Civil Veterinary Dept. North-West Frontier Province 1901-22 - 1901-1922
Year: 1901
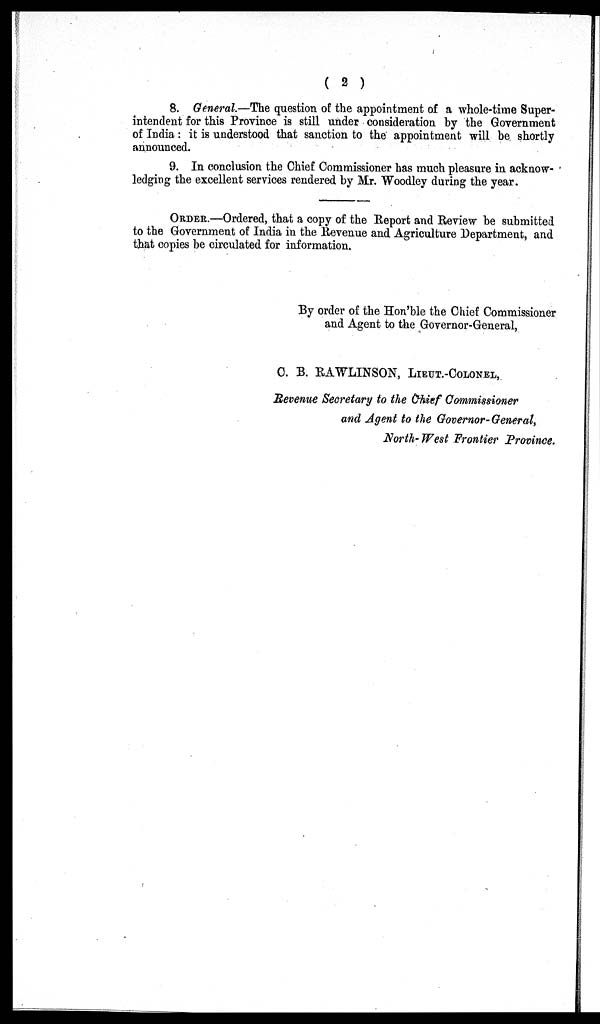
( 2 )
8. General.—The question of the appointment of a whole-time Super-
intendent for this Province is still under consideration by the Government
of India: it is understood that sanction to the appointment will be shortly
announced.
9. In conclusion the Chief Commissioner has much pleasure in acknow-
ledging the excellent services rendered by Mr. Woodley during the year.
ORDER.—Ordered, that a copy of the Report and Review be submitted
to the Government of India in the Revenue and Agriculture Department, and
that copies be circulated for information.
By order of the Hon'ble the Chief Commissioner
and Agent to the Governor-General,
C. B. RAWLINSON, LIEUT.-COLONEL,
Revenue Secretary to the chief Commissioner
and Agent to the Governor-General,
North-West Frontier Province.